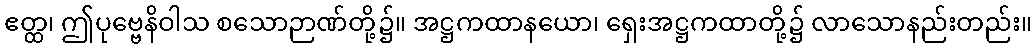
ဧတ္ထ၊ ဤပုဗ္ဗေနိဝါသ စသောဉာဏ်တို့၌။ အဋ္ဌကထာနယော၊ ရှေးအဋ္ဌကထာတို့၌ လာသောနည်းတည်း။